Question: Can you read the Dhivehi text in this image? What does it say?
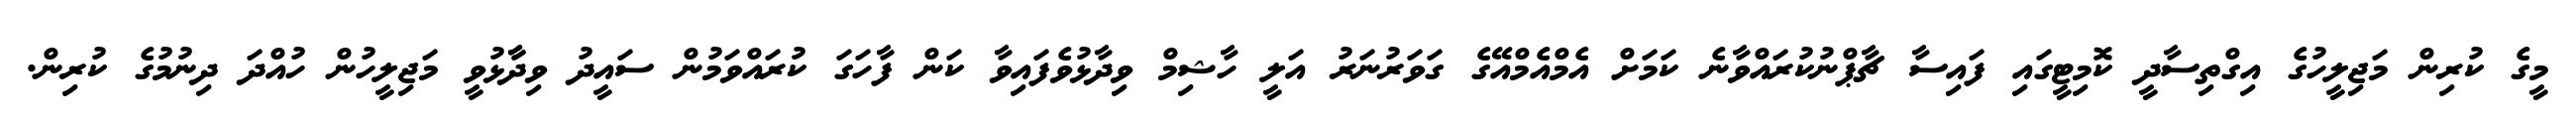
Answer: މީގެ ކުރިން މަޖިލީހުގެ އިގްތިސާދީ ކޮމިޓީގައި ފައިސާ ޗާޕްނުކުރައްވާނެ ކަމަށް އެމްއެމްއޭގެ ގަވަރުނަރު އަލީ ހާޝިމް ވިދާޅުވެފައިވާ ކަން ފާހަގަ ކުރައްވަމުން ސައީދު ވިދާާޅުވީ މަޖިލީހުން ހުއްދަ ދިނުމުގެ ކުރިން.